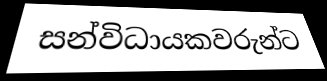
සන්විධායකවරුන්ට